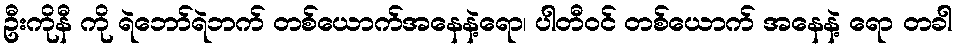
ဦးကိုနီ ကို ရဲဘော်ရဲဘက် တစ်ယောက်အနေနဲ့ရော၊ ပါတီဝင် တစ်ယောက် အနေနဲ့ ရော တခါ